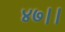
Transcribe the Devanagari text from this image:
४७।।